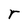
Character: r